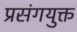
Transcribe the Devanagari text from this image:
प्रसंगयुक्त